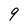
Character: 9